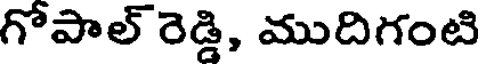
గోపాల్ రెడ్డి, ముదిగంటి